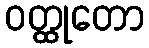
ဝတ္ထုတော